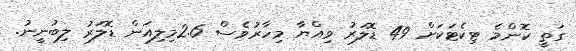
ގަތީ ކޮންމެ ޓިކެޓަކަށް 49 ޑޮލަރު ވިއްޔާ މިހާރުވެސް 2.6މިލިއަން ޑޮލަރު ލިބުނީނު.